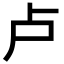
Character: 卢